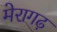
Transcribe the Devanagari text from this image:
मेरागढ़